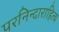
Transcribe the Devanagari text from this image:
परनिन्दाराहित्य